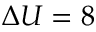
\Delta U = 8